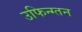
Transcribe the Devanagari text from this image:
उफिन्ग्तन